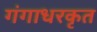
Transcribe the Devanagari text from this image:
गंगाधरकृत